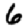
Digit: 6